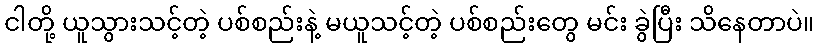
ငါတို့ ယူသွားသင့်တဲ့ ပစ်စည်းနဲ့ မယူသင့်တဲ့ ပစ်စည်းတွေ မင်း ခွဲပြီး သိနေတာပဲ။